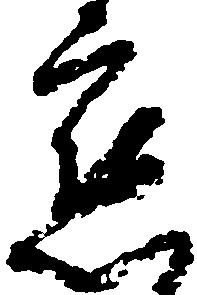
懇